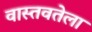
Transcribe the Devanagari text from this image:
वास्तवतेला